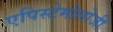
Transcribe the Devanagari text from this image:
एपिस्टेमोलोजी